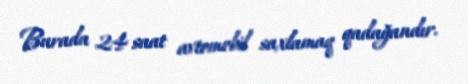
Burada 24 saat avtomobil saxlamaq qadağandır.